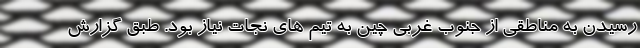
رسیدن به مناطقی از جنوب غربی چین به تیم های نجات نیاز بود. طبق گزارش